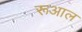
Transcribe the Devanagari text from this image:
रूआल